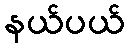
နယ်ပယ်